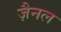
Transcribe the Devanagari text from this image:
ज़ैनल